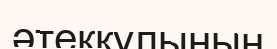
әтекқұлының